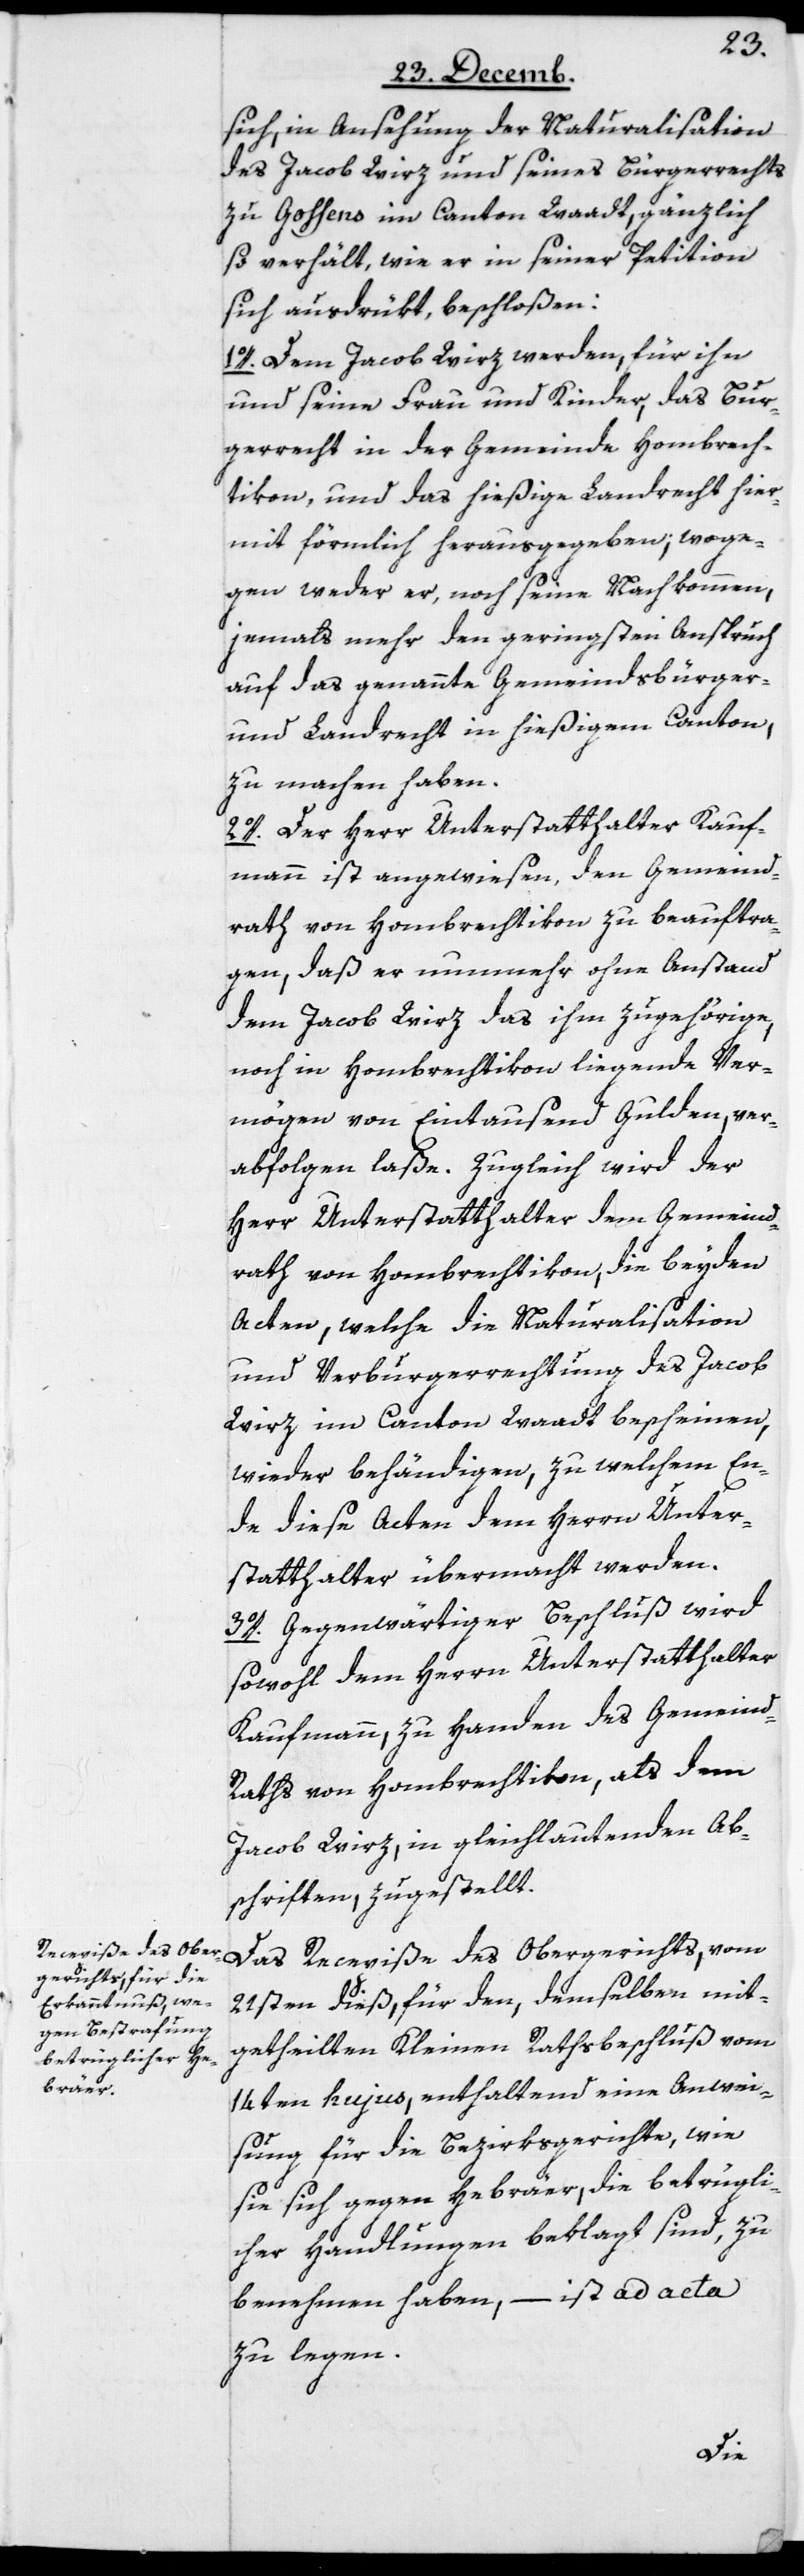
sich, in Ansehung der Naturalisation
des Jacob Wirz und seines Bürgerrechts
zu Goßens im Canton Waadt, gänzlich
so verhält, wie er in seiner Petition
sich ausgedrükt, beschloßen:
1o. Dem Jacob Wirz werden, für ihn
und seine Frau und Kinder, das Bur¬
gerrecht in der Gemeinde Hombrech¬
tikon und das hießige Landrecht hier¬
mit förmlich herausgegeben; woge¬
gen weder er noch seine Nachkommen,
jemals mehr den geringsten Anspruch
auf das genannte Gemeindsbürger-
und Landrecht in hießigem Canton
zu machen haben.
2o. Der Herr Unterstatthalter Kauf¬
mann ist angewiesen, den Gemeind¬
rath von Hombrechtikon zu beauftra¬
gen, daß er nunmehr ohne Anstand
dem Jacob Wirz das ihm zugehörige,
noch in Hombrechtikon liegende Ver¬
mögen von Eintausend Gulden, ver¬
abfolgen laße. Zugleich wird der
Herr Unterstatthalter dem Gemeind¬
rath von Hombrechtikon, die beyden
Acten, welche die Naturalisation
und Verburgerrechtung des Jacob
Wirz im Canton Waadt bescheinen,
wieder behändigen, zu welchem En¬
de diese Acten dem Herrn Unter¬
statthalter übermacht werden.
3o. Gegenwärtiger Beschluß wird
sowohl dem Herrn Unterstatthalter
Kaufmann, zu Handen des Gemein¬
d-Raths von Hombrechtikon, als dem
Jacob Wirz, in gleichlautenden Ab¬
schriften, zugestellt.
Das Recepiße des Obergerichts, vom
21sten dieß, für den, demselben mit¬
getheilten Kleinen-Rathsbeschluß vom
14ten hujus, enthaltend eine Anwei¬
sung für die Bezirksgerichte, wie
sie sich gegen Hebräer, die betrügli¬
cher Handlungen beklagt sind, zu
benehmen haben, – ist ad acta
zu legen.